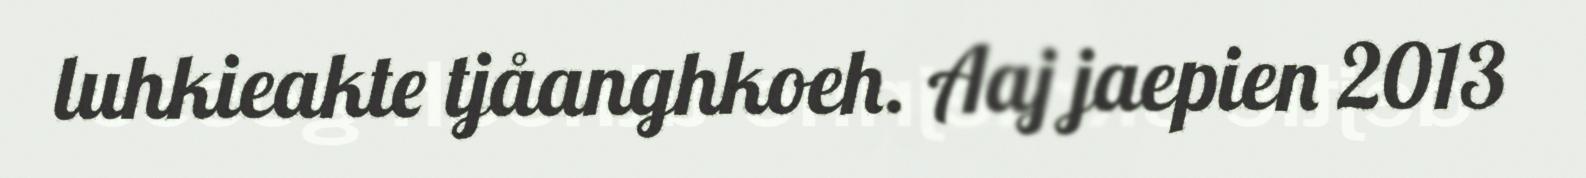
luhkieakte tjåanghkoeh. Aaj jaepien 2013